Document type: Recognition
Year: 1437
Scribe: Pere Ponçgem
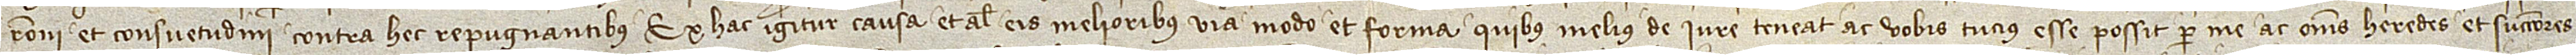
rationi et consuetudini contra hec repugantibus. Ex hac igitur causa et alias eis melioribus via, modo et forma quibus melius de iure teneat ac vobis tucius esse possit per me ac omnes heredes et successores